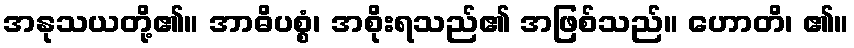
အနုသယတို့၏။ အာဓိပစ္စံ၊ အစိုးရသည်၏ အဖြစ်သည်။ ဟောတိ၊ ၏။